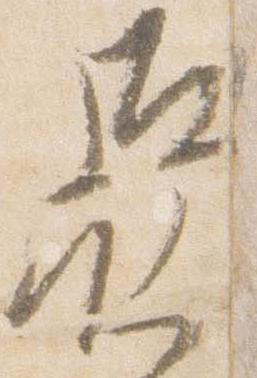
亜